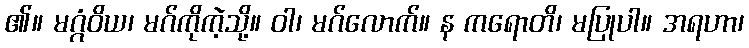
၏။ မဂ္ဂံဝိယ၊ မဂ်ကိုကဲ့သို့။ ဝါ၊ မဂ်လောက်။ န ကရောတိ၊ မပြုပါ။ အရဟာ၊